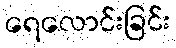
ရေလောင်းခြင်း